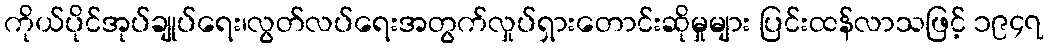
ကိုယ်ပိုင်အုပ်ချုပ်ရေး၊လွတ်လပ်ရေးအတွက်လှုပ်ရှားတောင်းဆိုမှုများ ပြင်းထန်လာသဖြင့် ၁၉၄၇